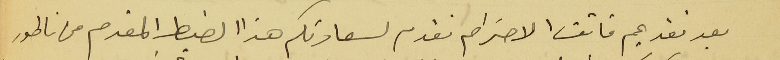
بعد تقديم فائق الاحترام نقدم لسعادتكم هذا الضبط المقدم من ناطور